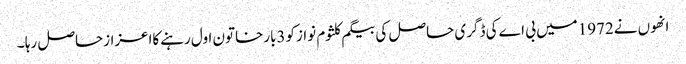
انھوں نے1972میں بی اےکی ڈگری حاصل کی بیگم کلثوم نوازکو3بارخاتون اول رہنےکااعزازحاصل رہا ۔